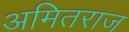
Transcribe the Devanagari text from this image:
अमितराज